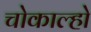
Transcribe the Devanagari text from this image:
चोकाल्हो